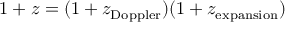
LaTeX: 1 + z = ( 1 + z _ { \mathrm { D o p p l e r } } ) ( 1 + z _ { \mathrm { e x p a n s i o n } } )